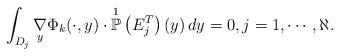
LaTeX: \begin{align*}\int_{D_{j}} \underset{y}{\nabla} \Phi_{k}(\cdot,y) \cdot \overset{1}{\mathbb{P}}\left( E^{T}_j\right)(y)\, dy = 0, j=1,\cdots,\aleph.\end{align*}